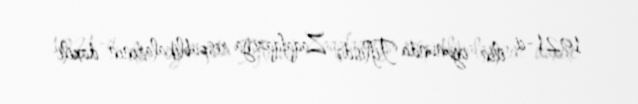
1921-ci ilin iyununda Tiflisdə Zaqafqaziya respublikalarının daxili